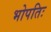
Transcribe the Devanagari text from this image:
भोपतिः